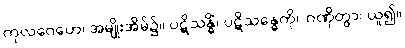
ကုလဂေဟေ၊ အမျိုးအိမ်၌။ ပဋိသန္ဓိံ၊ ပဋိသန္ဓေကို။ ဂဏှိတွာ၊ ယူ၍။